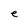
Character: e